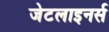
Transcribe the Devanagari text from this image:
जेटलाइनर्स